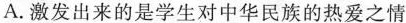
A.激发出来的是学生对中华民族的热爱之情